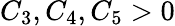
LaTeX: C_{3},C_{4},C_{5}>0